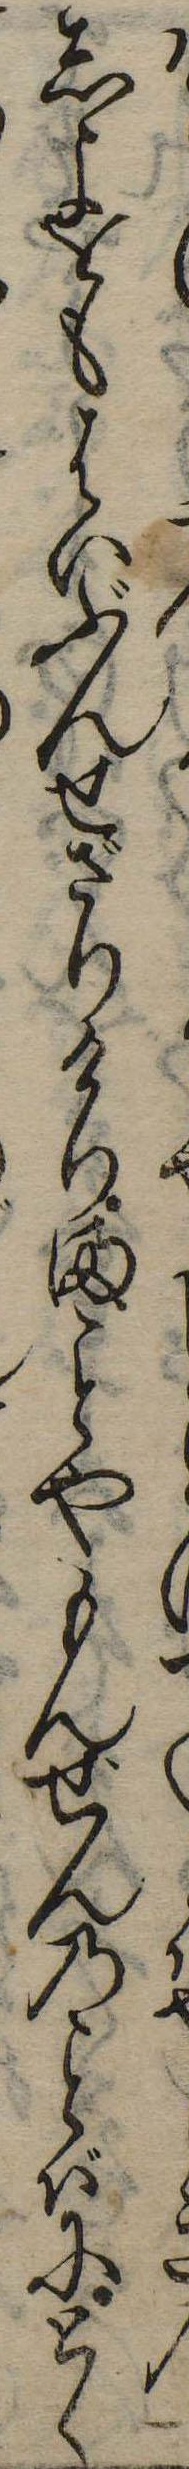
しよをもはいぶんせざりけりまやもんぜんのばにとく